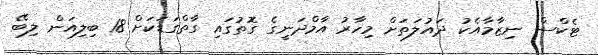
ޓެކްސް ނިޒާމާއެކު ދައުލަތަށް މިހާރު އާމްދަނީގެ ގޮތުގައި ގާތްގަޑަކަށް 18 ބިލިއަން ލިބޭ